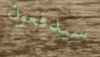
سيدفعون